Civil Veterinary Department Bihar reports 1936-40 - 1936-1940
Year: 1936
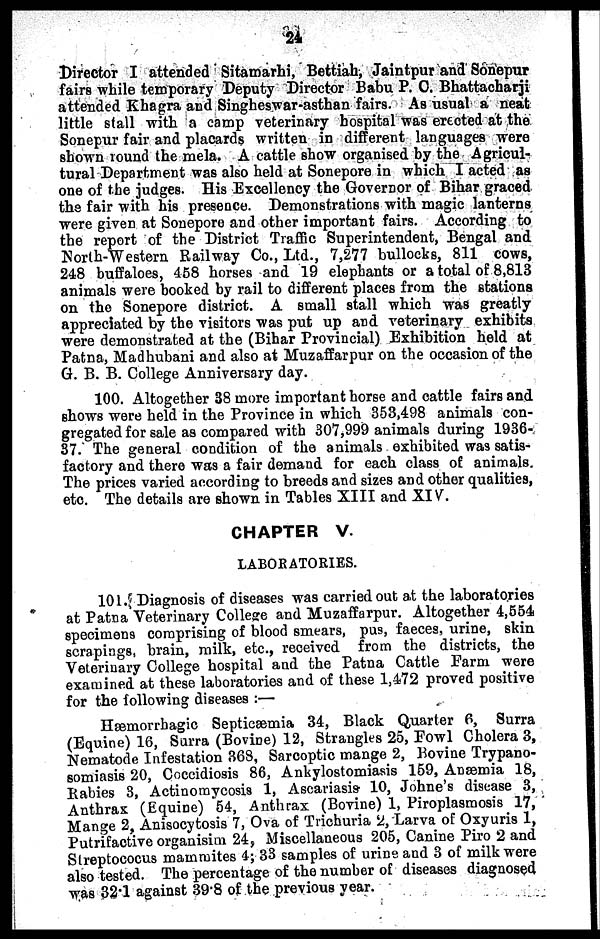
24
Director I attended Sitamarhi, Bettiah, Jaintpur and Sonepur
fairs while temporary Deputy Director Babu P. C. Bhattacharji
attended Khagra and Singheswar-asthan fairs. As usual a neat
little stall with a camp veterinary hospital was erected at the
Sonepur fair and placards written in different languages were
shown round the mela. A cattle show organised by the Agricul-
tural Department was also held at Sonepore in which I acted as
one of the judges. His Excellency the Governor of Bihar graced
the fair with his presence. Demonstrations with magic lanterns
were given at Sonepore and other important fairs. According to
the report of the District Traffic Superintendent, Bengal and
North-Western Railway Co., Ltd., 7,277 bullocks, 811 cows,
248 buffaloes, 458 horses and 19 elephants or a total of 8,813
animals were booked by rail to different places from the stations
on the Sonepore district. A small stall which was greatly
appreciated by the visitors was put up and veterinary exhibits
were demonstrated at the (Bihar Provincial) Exhibition held at
Patna, Madhubani and also at Muzaffarpur on the occasion of the
G. B. B. College Anniversary day.
100. Altogether 38 more important horse and cattle fairs and
shows were held in the Province in which 353,498 animals con-
gregated for sale as compared with 307,999 animals during 1936-
37. The general condition of the animals exhibited was satis-
factory and there was a fair demand for each class of animals.
The prices varied according to breeds and sizes and other qualities,
etc. The details are shown in Tables XIII and XIV.
CHAPTER V.
LABORATORIES.
101. Diagnosis of diseases was carried out at the laboratories
at Patna Veterinary College and Muzaffarpur. Altogether 4,554
specimens comprising of blood smears, pus, faeces, urine, skin
scrapings, brain, milk, etc., received from the districts, the
Veterinary College hospital and the Patna Cattle Farm were
examined at these laboratories and of these 1,472 proved positive
for the following diseases:—
Hæmorrhagic Septicæmia 34, Black Quarter 6, Surra
(Equine) 16, Surra (Bovine) 12, Strangles 25, Fowl Cholera 3,
Nematode Infestation 308, Sarcoptic mange 2, Bovine Trypano-
somiasis 20, Coccidiosis 86, Ankylostomiasis 159, Anaemia 18,
Babies 3, Actinomycosis 1, Ascariasis 10, Johne's disease 3,
Anthrax (Equine) 54, Anthrax (Bovine) 1, Piroplasmosis 17,
Mange 2, Anisocytosis 7, Ova of Trichuria 2, Larva of Oxyuris 1,
Putrifactive organisim 24, Miscellaneous 205, Canine Piro 2 and
Streptococus mammites 4; 33 samples of urine and 3 of milk were
also tested. The percentage of the number of diseases diagnosed
was 32.1 against 39.8 of the previous year.